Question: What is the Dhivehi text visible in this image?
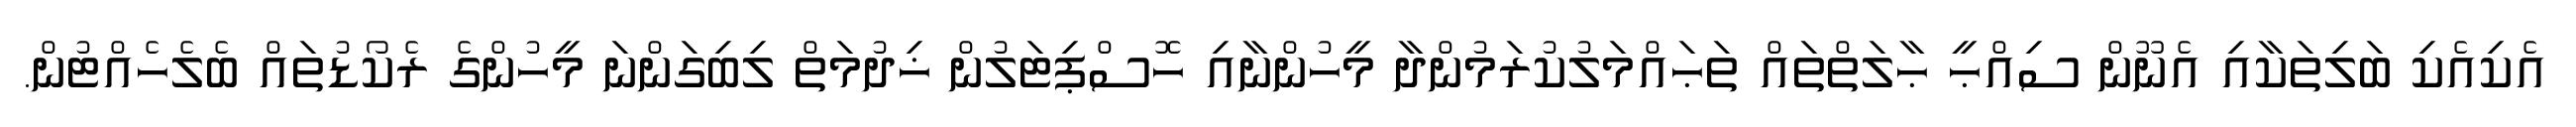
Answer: އެކިއެކި ބަލިތަކާއި އެނޫން ސިއްޙީ ޙާލަތްތައް ތަޙައްމަލުކުރަމުންދާ މީހުންނާއި ހޮސްޕިޓަލުން ޚިދުމަތް ލިބިގަންނަ މީހުންގެ ރެކޯޑުތައް ބެލެހެއްޓުން.